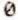
0